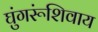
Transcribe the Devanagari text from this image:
घुंगरूंशिवाय